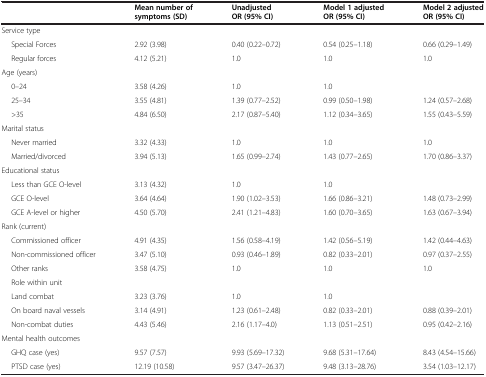
<table><thead><tr><td><b> </b></td><td><b>Mean number of symptoms (SD)</b></td><td><b>Unadjusted OR (95% CI)</b></td><td><b>Model 1 adjusted OR (95% CI)</b></td><td><b>Model 2 adjusted OR (95% CI)</b></td></tr></thead><tbody><tr><td>Service type</td><td> </td><td> </td><td> </td><td> </td></tr><tr><td>Special Forces</td><td>2.92 (3.98)</td><td>0.40 (0.22–0.72)</td><td>0.54 (0.25–1.18)</td><td>0.66 (0.29–1.49)</td></tr><tr><td>Regular forces</td><td>4.12 (5.21)</td><td>1.0</td><td>1.0</td><td>1.0</td></tr><tr><td>Age (years)</td><td> </td><td> </td><td> </td><td> </td></tr><tr><td>0–24</td><td>3.58 (4.26)</td><td>1.0</td><td>1.0</td><td> </td></tr><tr><td>25–34</td><td>3.55 (4.81)</td><td>1.39 (0.77–2.52)</td><td>0.99 (0.50–1.98)</td><td>1.24 (0.57–2.68)</td></tr><tr><td>&gt;35</td><td>4.84 (6.50)</td><td>2.17 (0.87–5.40)</td><td>1.12 (0.34–3.65)</td><td>1.55 (0.43–5.59)</td></tr><tr><td>Marital status</td><td> </td><td> </td><td> </td><td> </td></tr><tr><td>Never married</td><td>3.32 (4.33)</td><td>1.0</td><td>1.0</td><td>1.0</td></tr><tr><td>Married/divorced</td><td>3.94 (5.13)</td><td>1.65 (0.99–2.74)</td><td>1.43 (0.77–2.65)</td><td>1.70 (0.86–3.37)</td></tr><tr><td>Educational status</td><td> </td><td> </td><td> </td><td> </td></tr><tr><td>Less than GCE O-level</td><td>3.13 (4.32)</td><td>1.0</td><td>1.0</td><td> </td></tr><tr><td>GCE O-level</td><td>3.64 (4.64)</td><td>1.90 (1.02–3.53)</td><td>1.66 (0.86–3.21)</td><td>1.48 (0.73–2.99)</td></tr><tr><td>GCE A-level or higher</td><td>4.50 (5.70)</td><td>2.41 (1.21–4.83)</td><td>1.60 (0.70–3.65)</td><td>1.63 (0.67–3.94)</td></tr><tr><td>Rank (current)</td><td> </td><td> </td><td> </td><td> </td></tr><tr><td>Commissioned officer</td><td>4.91 (4.35)</td><td>1.56 (0.58–4.19)</td><td>1.42 (0.56–5.19)</td><td>1.42 (0.44–4.63)</td></tr><tr><td>Non-commissioned officer</td><td>3.47 (5.10)</td><td>0.93 (0.46–1.89)</td><td>0.82 (0.33–2.01)</td><td>0.97 (0.37–2.55)</td></tr><tr><td>Other ranks</td><td>3.58 (4.75)</td><td>1.0</td><td>1.0</td><td>1.0</td></tr><tr><td>Role within unit</td><td> </td><td> </td><td> </td><td> </td></tr><tr><td>Land combat</td><td>3.23 (3.76)</td><td>1.0</td><td>1.0</td><td> </td></tr><tr><td>On board naval vessels</td><td>3.14 (4.91)</td><td>1.23 (0.61–2.48)</td><td>0.82 (0.33–2.01)</td><td>0.88 (0.39–2.01)</td></tr><tr><td>Non-combat duties</td><td>4.43 (5.46)</td><td>2.16 (1.17–4.0)</td><td>1.13 (0.51–2.51)</td><td>0.95 (0.42–2.16)</td></tr><tr><td>Mental health outcomes</td><td> </td><td> </td><td> </td><td> </td></tr><tr><td>GHQ case (yes)</td><td>9.57 (7.57)</td><td>9.93 (5.69–17.32)</td><td>9.68 (5.31–17.64)</td><td>8.43 (4.54–15.66)</td></tr><tr><td>PTSD case (yes)</td><td>12.19 (10.58)</td><td>9.57 (3.47–26.37)</td><td>9.48 (3.13–28.76)</td><td>3.54 (1.03–12.17)</td></tr></tbody></table>